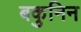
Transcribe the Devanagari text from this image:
बकुनिन